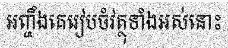
អញ្ចឹងគេរៀបចំវត្ថុទាំងអស់នោះ